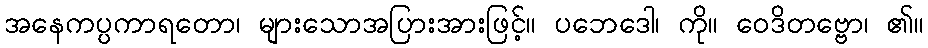
အနေကပ္ပကာရတော၊ များသောအပြားအားဖြင့်။ ပဘေဒေါ၊ ကို။ ဝေဒိတဗ္ဗော၊ ၏။